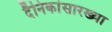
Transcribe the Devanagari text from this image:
दैनिकांसारख्या